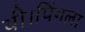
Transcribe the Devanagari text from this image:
थी।पिंगला